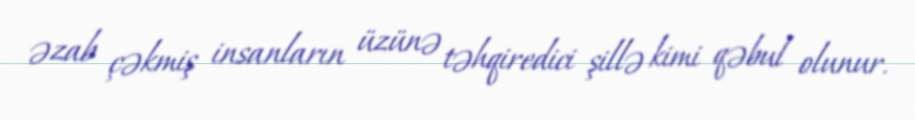
əzab çəkmiş insanların üzünə təhqiredici şillə kimi qəbul olunur.